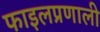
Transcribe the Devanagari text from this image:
फाइलप्रणाली